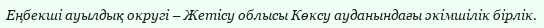
Еңбекші ауылдық округі – Жетісу облысы Көксу ауданындағы әкімшілік бірлік.